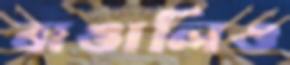
বাঙালিও